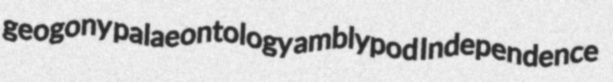
geogony palaeontology amblypod Independence